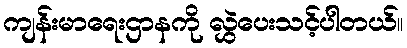
ကျန်းမာရေးဌာနကို လွှဲပေးသင့်ပါတယ်။